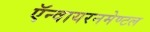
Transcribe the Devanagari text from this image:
ऍन्वायरनमेण्टल